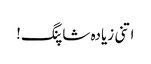
اتنی زیادہ شاپنگ!